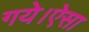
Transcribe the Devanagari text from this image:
गये।ऐसा